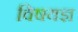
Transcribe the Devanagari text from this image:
विषयज्ञ